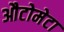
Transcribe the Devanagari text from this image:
औटोमेटा